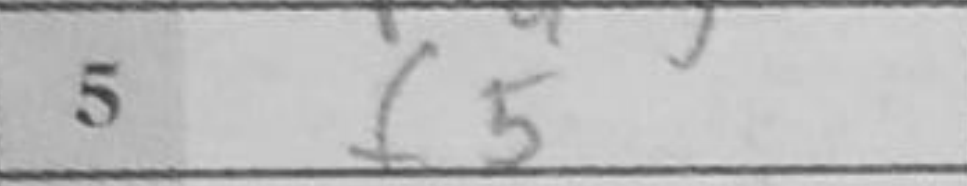
Transcription: f5